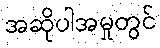
အဆိုပါအမှုတွင်